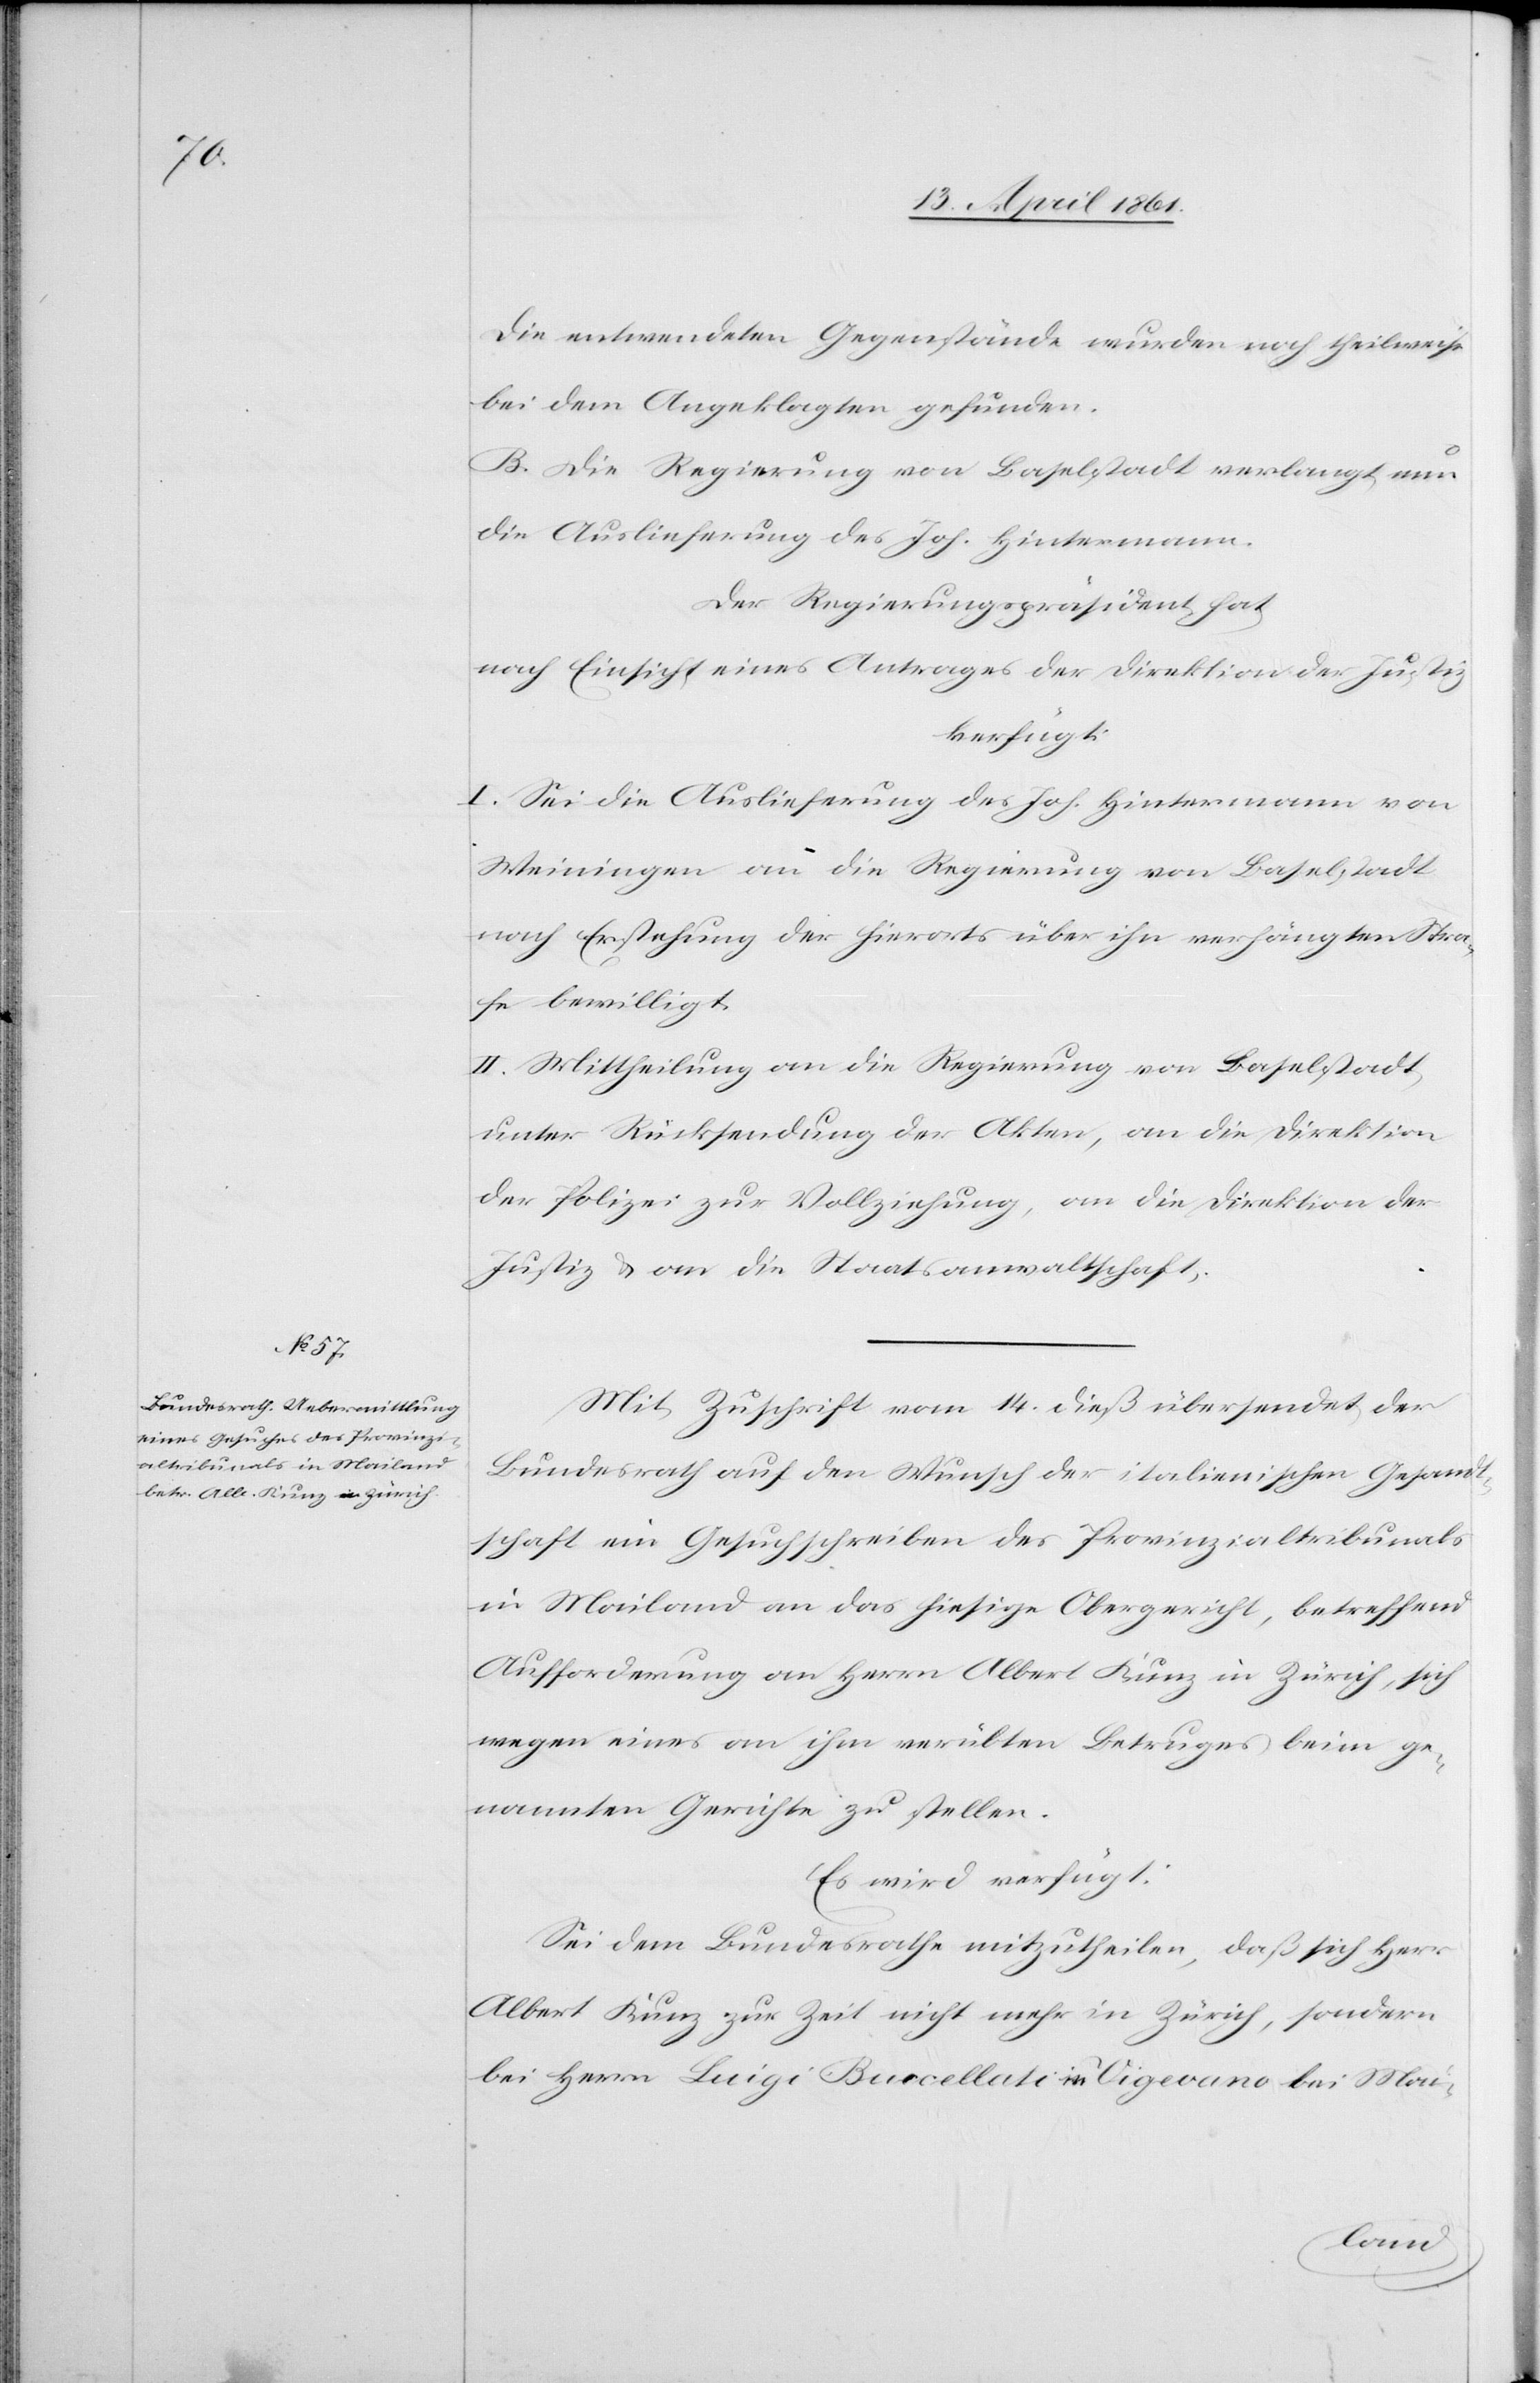
17. April 1861.]
Die entwendeten Gegenstände wurden noch theilweise
bei dem Angeklagten gefunden.
B. Die Regierung von Baselstadt verlangt nun
die Auslieferung des Joh. Hintermann.
Der Regierungspräsident hat
nach Einsicht eines Antrages der Direktion der Justiz,
I. Sei die Auslieferung des Joh. Hintermann von
Weiningen an die Regierung von Baselstadt
nach Erstehung der hierorts über ihn verhängten Stra¬
fe bewilligt.
II. Mittheilung an die Regierung von Baselstadt,
unter Rücksendung der Akten, an die Direktion
der Polizei zur Vollziehung, an die Direktion der
Justiz u. an die Staatsanwaltschaft.
Mit Zuschrift vom 14. dieß übersendet der
Bundesrath auf den Wunsch der italienischen Gesandt¬
schaft ein Gesuchschreiben des Provinzialtribunals
in Mailand an das hiesige Obergericht, betreffend
Aufforderung an Herrn Albert Kunz in Zürich, sich
wegen eines an ihm verübten Betruges beim ge¬
nannten Gerichte zu stellen.
Es wird verfügt:
Sei dem Bundesrathe mitzutheilen, daß sich Herr
Albert Kunz zur Zeit nicht mehr in Zürich, sondern
bei Herrn Luigi Buccellati in Vigevano bei Mai-